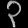
Digit: ၃